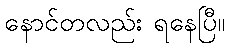
နောင်တလည်း ရနေပြီ။